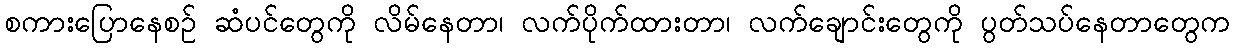
စကားပြောနေစဉ် ဆံပင်တွေကို လိမ်နေတာ၊ လက်ပိုက်ထားတာ၊ လက်ချောင်းတွေကို ပွတ်သပ်နေတာတွေက